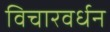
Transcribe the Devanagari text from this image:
विचारवर्धन